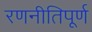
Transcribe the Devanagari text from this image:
रणनीतिपूर्ण